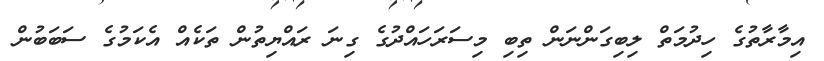
އިމާރާތުގެ ހިދުމަތް ލިބިގަންނަން ތިބި މިސަރަހައްދުގެ ގިނަ ރައްޔިތުން ތަކެއް އެކަމުގެ ސަބަބުން